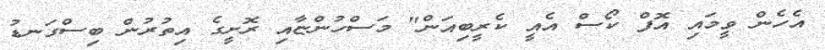
އެހެން ވީމައި އޮފް ކޯސް އެއީ ކެރީބިއަން" މަސްހުންޏާއި ރޮށީގެ އިތުރުން ބިސްގަނޑު